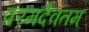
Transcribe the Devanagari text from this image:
परमदैवतम्